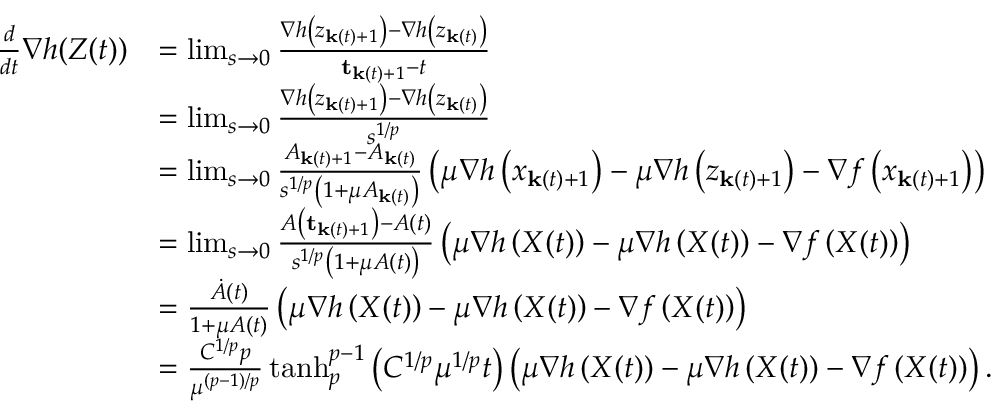
\begin{array} { r l } { \frac { d } { d t } \nabla h ( Z ( t ) ) } & { = \operatorname* { l i m } _ { s \rightarrow 0 } \frac { \nabla h \left( z _ { \mathbf { k } ( t ) + 1 } \right) - \nabla h \left( z _ { \mathbf { k } ( t ) } \right) } { \mathbf { t } _ { \mathbf { k } ( t ) + 1 } - t } } \\ & { = \operatorname* { l i m } _ { s \rightarrow 0 } \frac { \nabla h \left( z _ { \mathbf { k } ( t ) + 1 } \right) - \nabla h \left( z _ { \mathbf { k } ( t ) } \right) } { s ^ { 1 / p } } } \\ & { = \operatorname* { l i m } _ { s \rightarrow 0 } \frac { A _ { \mathbf { k } ( t ) + 1 } - A _ { \mathbf { k } ( t ) } } { s ^ { 1 / p } \left( 1 + \mu A _ { \mathbf { k } ( t ) } \right) } \left( \mu \nabla h \left( x _ { \mathbf { k } ( t ) + 1 } \right) - \mu \nabla h \left( z _ { \mathbf { k } ( t ) + 1 } \right) - \nabla f \left( x _ { \mathbf { k } ( t ) + 1 } \right) \right) } \\ & { = \operatorname* { l i m } _ { s \rightarrow 0 } \frac { A \left( \mathbf { t } _ { \mathbf { k } ( t ) + 1 } \right) - A ( t ) } { s ^ { 1 / p } \left( 1 + \mu A ( t ) \right) } \left( \mu \nabla h \left( X ( t ) \right) - \mu \nabla h \left( X ( t ) \right) - \nabla f \left( X ( t ) \right) \right) } \\ & { = \frac { \dot { A } ( t ) } { 1 + \mu A ( t ) } \left( \mu \nabla h \left( X ( t ) \right) - \mu \nabla h \left( X ( t ) \right) - \nabla f \left( X ( t ) \right) \right) } \\ & { = \frac { C ^ { 1 / p } p } { \mu ^ { ( p - 1 ) / p } } \operatorname { t a n h } _ { p } ^ { p - 1 } \left( C ^ { 1 / p } \mu ^ { 1 / p } t \right) \left( \mu \nabla h \left( X ( t ) \right) - \mu \nabla h \left( X ( t ) \right) - \nabla f \left( X ( t ) \right) \right) . } \end{array}